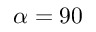
\alpha = 9 0